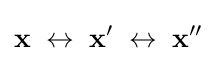
{\mathbf {x} }\;\leftrightarrow \;{\mathbf {x} }'\;\leftrightarrow \;{\mathbf {x} }''